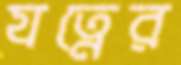
যত্নের